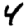
Digit: 4